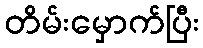
တိမ်းမှောက်ပြီး